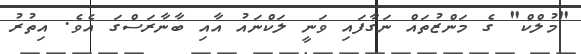
"މުލްކް" ގެ މަންޒުތައް ނަގާފައި ވަނީ ލަކްނައު އާއި ބާނާރަސްގަ އެވެ. އިތުރު